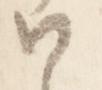
御